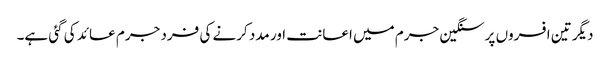
دیگر تین افسروں پر سنگین جرم میں اعانت اور مدد کرنے کی فرد جرم عائد کی گئی ہے۔